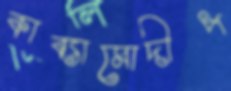
কাব্যামোদীপ